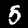
Digit: 5